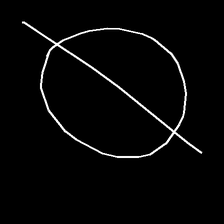
Glyph: orb